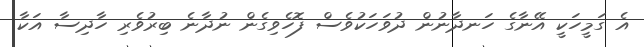
އެ ގަމީހަކީ އޭނާގެ ހަނދާނުން ދުވަހަކުވެސް ފޮހެވިގެން ނުދާނެ ބިރުވެރި ހާދިސާ އަކާ